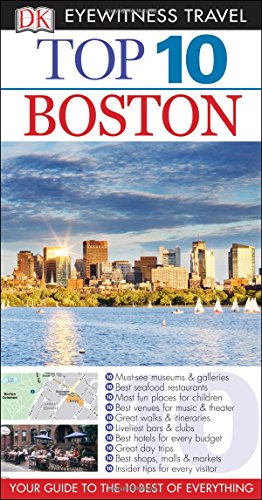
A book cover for Top 10 Boston (Eyewitness Top 10 Travel Guide); Patricia Harris; Travel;